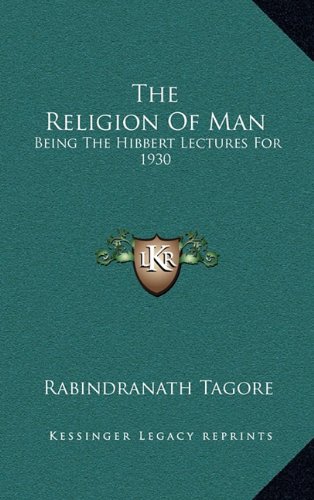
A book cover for The Religion Of Man: Being The Hibbert Lectures For 1930; Rabindranath Tagore; Literature & Fiction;